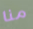
منا